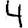
Digit: 4